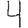
Digit: 4